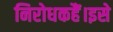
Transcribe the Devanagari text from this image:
निरोधकहैं।इसे